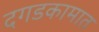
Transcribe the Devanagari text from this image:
दगडकामात